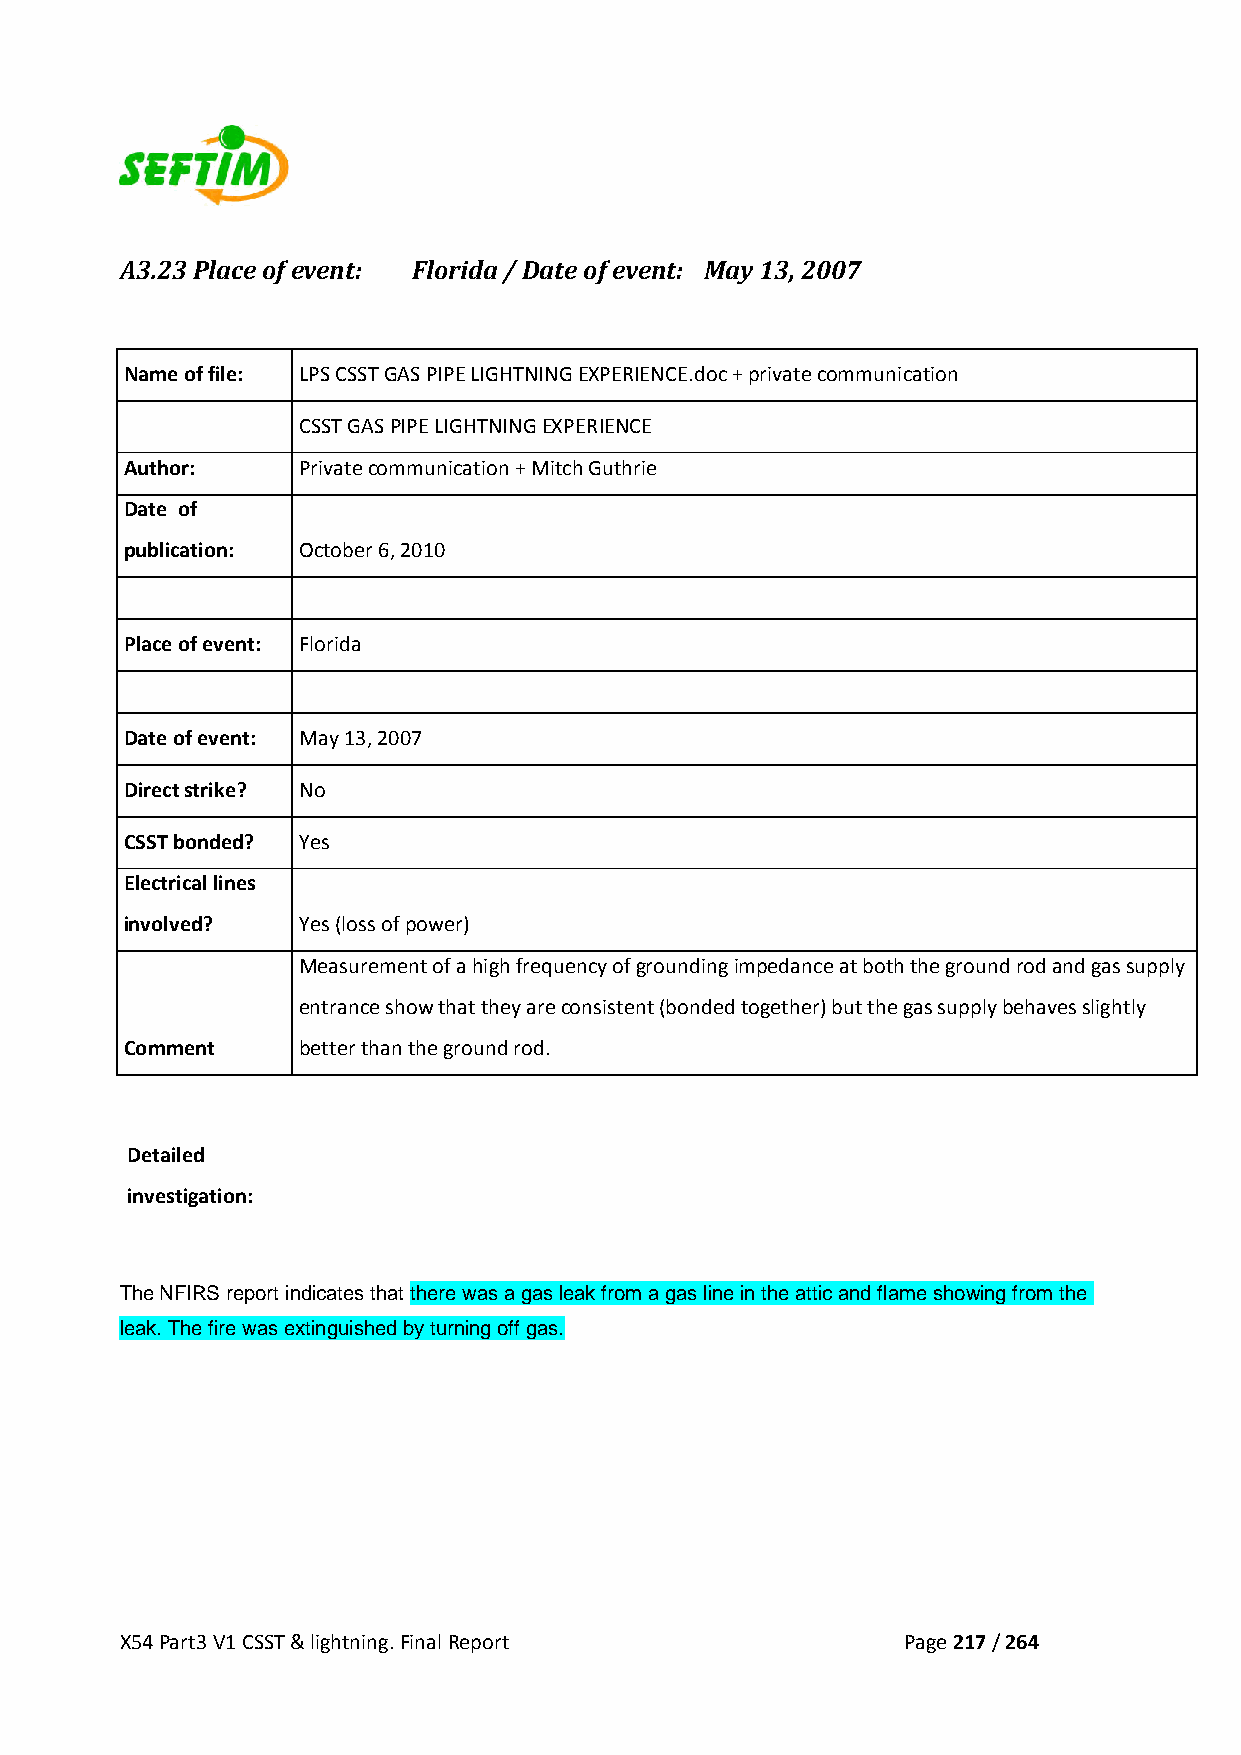
A3.23 Place of event: Florida / Date of event: May 13, 2007
 Name of file: LPS CSST GAS PIPE LIGHTNING EXPERIENCE.doc + private communication
 CSST GAS PIPE LIGHTNING EXPERIENCE
 Author:     Private communication + Mitch Guthrie
 Date of
 publication: October 6, 2010
 Place of event: Florida
 Date of event: May 13, 2007
 Direct strike? No
 CSST bonded? Yes
 Electrical lines
 involved?   Yes (loss of power)
 Measurement of a high frequency of grounding impedance at both the ground rod and gas supply
 entrance show that they are consistent (bonded together) but the gas supply behaves slightly
 Comment     better than the ground rod.
 Detailed
 investigation:
 The NFIRS report indicates that there was a gas leak from a gas line in the attic and flame showing from the
 leak. The fire was extinguished by turning off gas.
 X54 Part3 V1 CSST & lightning. Final Report         Page 217 / 264